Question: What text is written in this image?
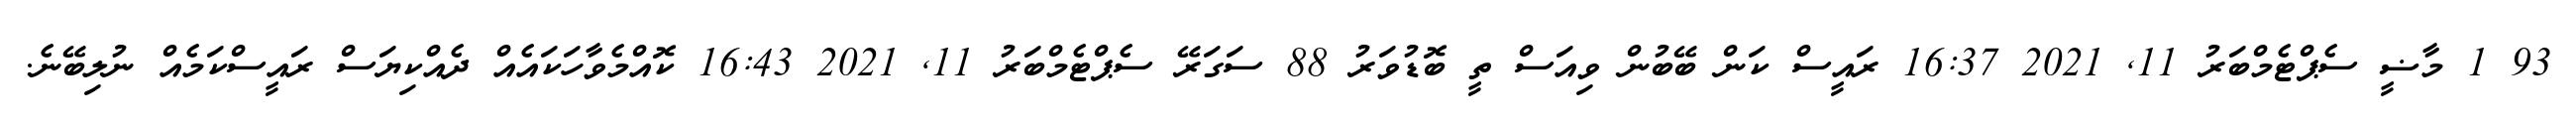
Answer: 93 1 މާޟީ ސެޕްޓެމްބަރު 11, 2021 16:37 ރައީސް ކަން ބޭބުން ވިއަސް ތީ ބޮޑުވަރު 88 ސަގަރޭ ސެޕްޓެމްބަރު 11, 2021 16:43 ކޮއްމެވާހަކައެއް ދެއްކިޔަސް ރައީސްކަމެއް ނުލިބޭނެ.